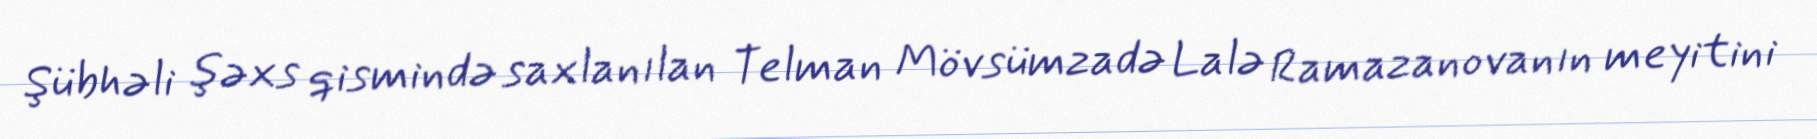
Şübhəli şəxs qismində saxlanılan Telman Mövsümzadə Lalə Ramazanovanın meyitini